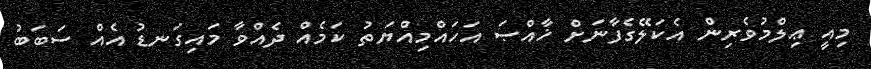
މިއީ ޢިލްމުވެރިން އެކަލޭގެފާނަށް ޚާއްޞަ އަހައްމިއްޔަތު ކަމެއް ދެއްވާ މައިގަނޑު އެއް ސަބަބު